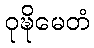
ဝုဍ္ဎိမေတံ